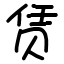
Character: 赁